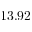
1 3 . 9 2